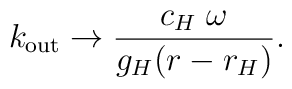
k_{\mathrm{out}} \to {c_H\;\omega\over g_H (r - r_H)}.